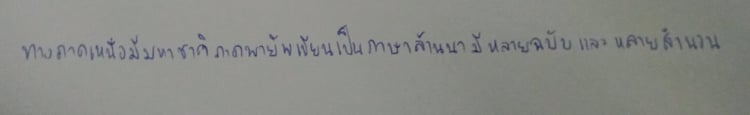
ทางภาคเหนือมีมหาชาติภาคพายัพเขียนเป็นภาษาล้านนามีหลายฉบับและหลายสำนวน